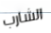
الشارب